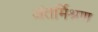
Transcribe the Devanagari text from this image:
अंतर्मिश्रण